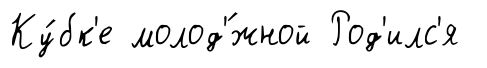
Ку́бк'е молод'́жной Род'илс'я